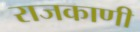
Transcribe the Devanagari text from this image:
राजकाणी